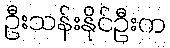
ဦးသန်းနိုင်ဦးက